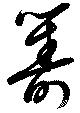
籌